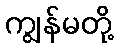
ကျွန်မတို့